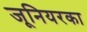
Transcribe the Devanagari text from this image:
जूनियरका